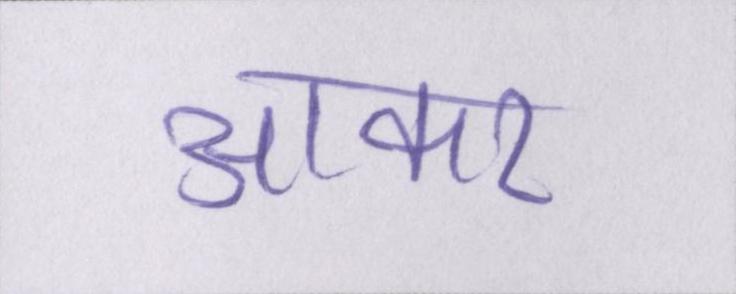
आकर